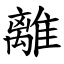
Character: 離